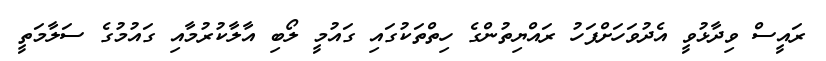
ރައީސް ވިދާޅުވީ އެދުވަހަށްފަހު ރައްޔިތުންގެ ހިތްތަކުގައި ގައުމީ ލޯބި އާލާކުރުމާއި ގައުމުގެ ސަލާމަތީ